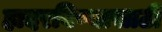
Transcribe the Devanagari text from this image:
हादरविण्यासाठी